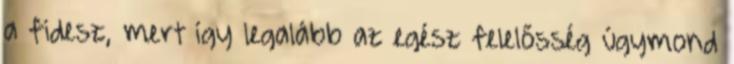
a fidesz, mert így legalább az egész felelősség úgymond